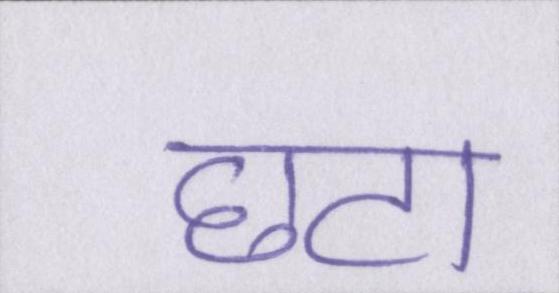
छटा